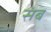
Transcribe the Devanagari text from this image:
संब